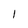
Character: 1